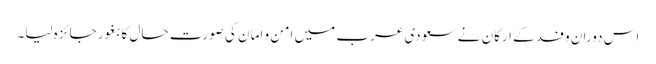
اس دوران وفد کے ارکان نے سعودی عرب میں امن و امان کی صورتِ حال کا بغور جائزہ لیا۔